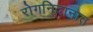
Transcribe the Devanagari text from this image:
रोगनिदानात